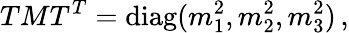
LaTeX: TMT^{T}=\mathrm{diag}(m_{1}^{2},m_{2}^{2},m_{3}^{2})\, ,